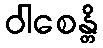
ဝါစေန္တိ